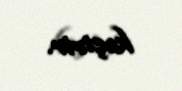
keçirir.